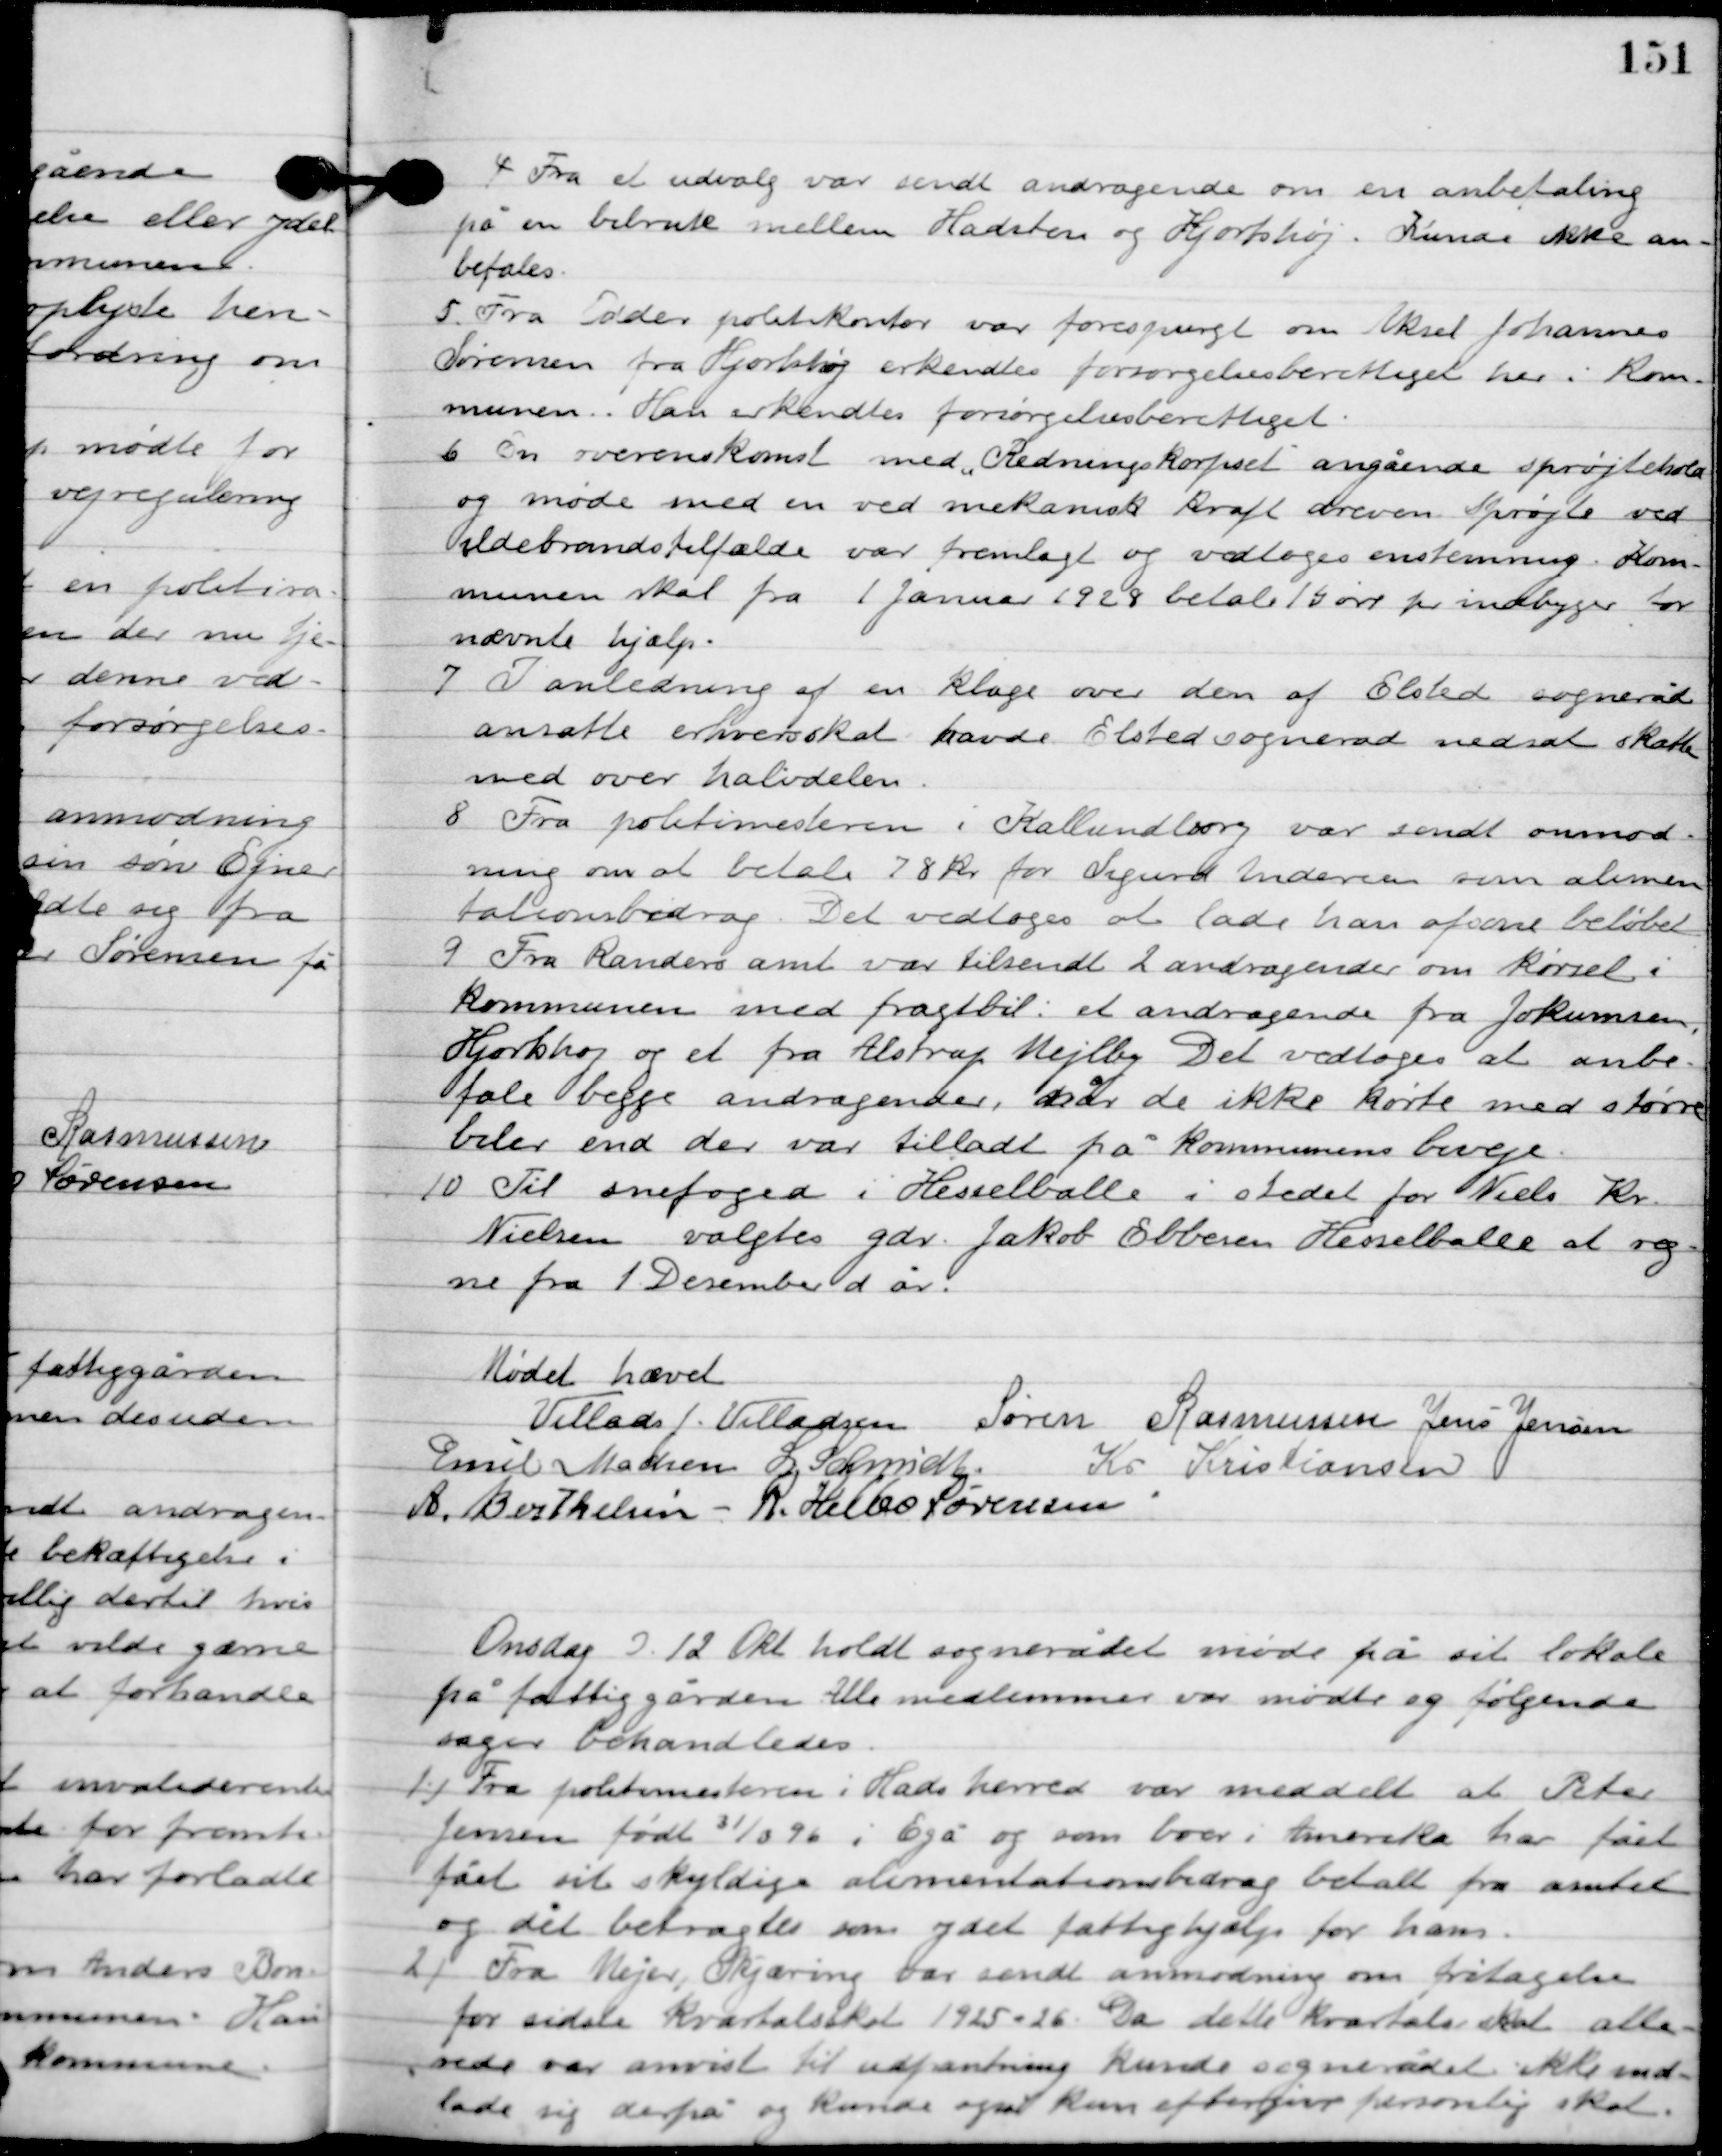
Transskription:
4

Fra et udvalg var sendt andragende om en anbefaling
 på en bilrute mellem Hadsten og Hjortshøj. Kunde ikke an-
befales.

5

Fra Odder politikontor var forespurgt om Aksel Johannes
Sørensen fra Hjortshøj erkendtes forsørgelsesberettiget her i kom-
munen. Han er erkendt forsørgelsesberettiget.

6

En overenskomst med ”Redningskorpset” angående sprøjtehold
og møde med en ved mekanik kraft dreven sprøjte ved
 ildebrandstilfælde var fremlagt og vedtoges enstemmig. Kom-
munen skal fra 1. Januar 1928 betale 15 øre pr. indbyggere for
nævnte hjælp.

7

I anledning af en klage over den af Elsted sogneråd
ansatte erhvervskat havde Elsted sogneråd nedsat skatten
 med over halvdelen.

8.	Fra politimesteren i Kalundborg var sendt anmod-
ning om at betale 78 kr. for Sigurd Adsersen sin alimen-
tationsbidrag. Det vedtoges at lade han afsone beløbet.

9

Fra Randers amt var tilsendt 2 andragende om kørsel i
kommunen med fragtbil; et andragende fra Jokumsen,
Hjortshøj og et fra Alstrup Mejlby. Det vedtoges at anbe-
fale begge andragender, år de ikke kørte med større
biler end der var tilladt på kommunens biveje.

10

Til snefoged i Hesselballe i stedet for Niels Kr.
Nielsen valgtes gdr. Jakob Ebbesen Hesselballe at reg-
ne fra 1. Desember d. år.

Mødet hævet

Villads J. Villadsen
Søren Rasmussen
Jens Jensen
Emil Madsen
I. Schmidt
Kr. Kristiansen
A. Berthelsen
R. Helbo Sørensen

Onsdag D. 12. Okt. holdt sognerådet møde på sit lokale
 på fattiggården. Alle medlemmer var mødte og følgende
sager behandledes.

1

Fra politimesteren i Hads herred var meddelt at Peter
Jensen født 31/3 96 i Egå og som boer i Amerika har fået,
fået sit skyldige alimentationsbidrag betalt fra amtet
og det betragtes som ydet fattighjælp for ham.

2

Fra Mejer, Skjæring var sendt anmodning om fritagelse
for sidste kvartalsskat 1925-26. da dette kvartals skat alle-
rede var anvist til udpantning kunde sognerådet ikke ind-
lade sig derpå og kunde også kun eftergive personlig skat.